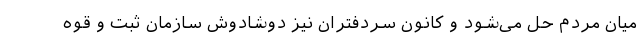
میان مردم حل می‌شود و کانون سردفتران نیز دوشادوش سازمان ثبت و قوه